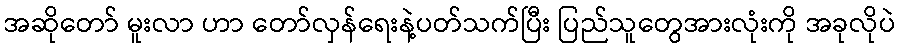
အဆိုတော် မူးလာ ဟာ တော်လှန်ရေးနဲ့ပတ်သက်ပြီး ပြည်သူတွေအားလုံးကို အခုလိုပဲ